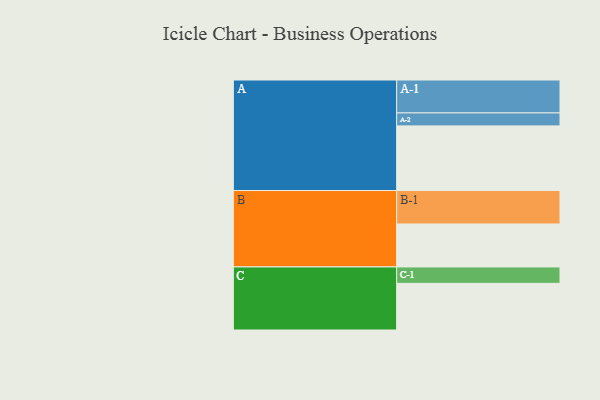
{"axis": {"x": "Segment", "y": "Value"}, "legend": ["", "A", "B", "C"], "data": [{"x": "A", "y": 489, "type": ""}, {"x": "B", "y": 325, "type": ""}, {"x": "C", "y": 353, "type": ""}, {"x": "A-1", "y": 249, "type": "A"}, {"x": "A-2", "y": 98, "type": "A"}, {"x": "B-1", "y": 253, "type": "B"}, {"x": "C-1", "y": 124, "type": "C"}]}